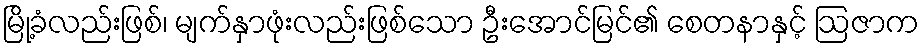
မြို့ခံလည်းဖြစ်၊ မျက်နှာဖုံးလည်းဖြစ်သော ဦးအောင်မြင်၏ စေတနာနှင့် ဩဇာက